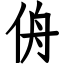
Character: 侜